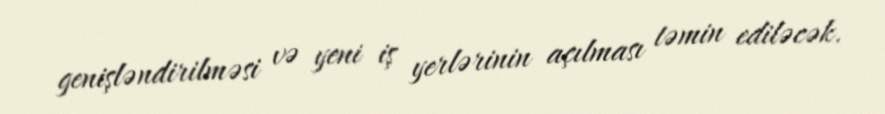
genişləndirilməsi və yeni iş yerlərinin açılması təmin ediləcək.